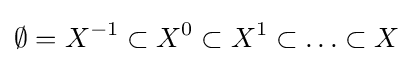
\emptyset =X^{-1}\subset X^{0}\subset X^{1}\subset \ldots \subset X